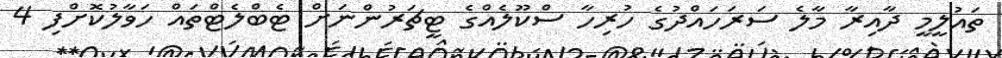
ތައުލީމީ ދާއިރާ މާލެ ސަރަހައްދުގެ ހުރިހާ ސްކޫލެއްގެ ޓީޗަރުންނަށް ޓެބްލެޓްތައް ހަވާލުކޮށްފި 4